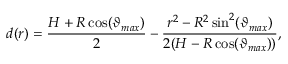
d ( r ) = \frac { H + R \cos ( \vartheta _ { m a x } ) } { 2 } - \frac { r ^ { 2 } - R ^ { 2 } \sin ^ { 2 } ( \vartheta _ { m a x } ) } { 2 ( H - R \cos ( \vartheta _ { m a x } ) ) } ,